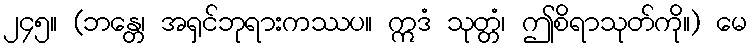
၂၄၅။ (ဘန္တေ၊ အရှင်ဘုရားကဿပ။ ဣဒံ သုတ္တံ၊ ဤစိရာသုတ်ကို။) မေ